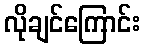
လိုချင်ကြောင်း